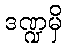
ဒဏ္ဍမှိ